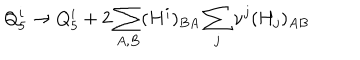
LaTeX: Q _ { 5 } ^ { i } \to Q _ { 5 } ^ { i } + 2 \sum _ { A , B } ( H ^ { i } ) _ { B A } \sum _ { j } \nu ^ { j } ( H _ { j } ) _ { A B }